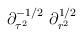
LaTeX: \begin{align*}\partial_{\tau^{2}}^{-1/2} \ \partial_{r^{2}}^{1/2}\end{align*}